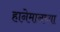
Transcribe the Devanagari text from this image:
हानेमानच्या